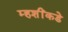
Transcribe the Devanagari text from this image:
म्हशींकडे